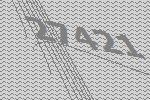
27421